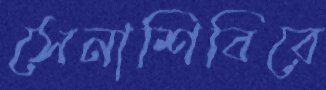
সেনাশিবিরে